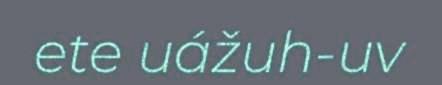
ete uážuh-uv